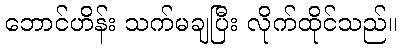
ဘောင်ဟိန်း သက်မချပြီး လိုက်ထိုင်သည်။